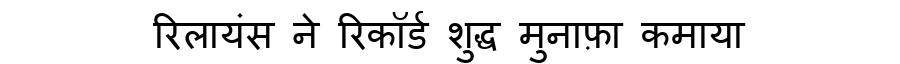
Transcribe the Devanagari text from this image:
रिलायंस ने रिकॉर्ड शुद्ध मुनाफ़ा कमाया